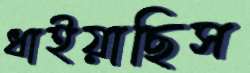
ধাইয়াছিস